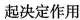
起决定作用